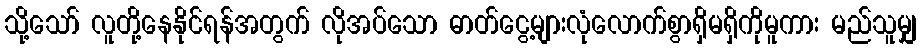
သို့သော် လူတို့နေနိုင်ရန်အတွက် လိုအပ်သော ဓာတ်ငွေ့များလုံလောက်စွာရှိမရှိကိုမူကား မည်သူမျှ